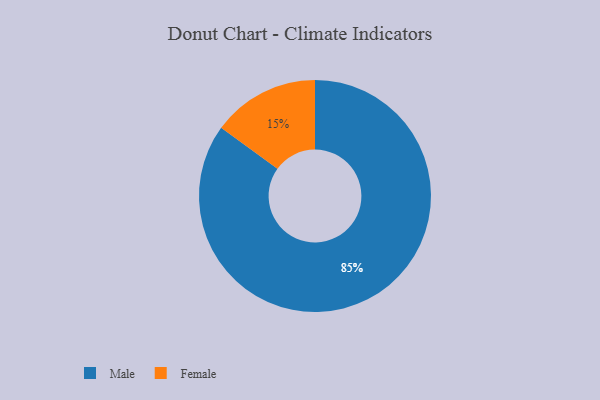
{"axis": {"x": "Category", "y": "Percentage"}, "legend": ["Female", "Male"], "data": [{"x": "Female", "y": 15, "type": "Female"}, {"x": "Male", "y": 85, "type": "Male"}]}